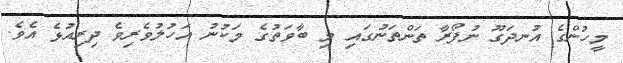
މީހުންގެ އުނދަގޫ ނުފޯރާ ތަންތަނުގައި މި ބާވަތުގެ މަކުނު އަހުލުވެރިވެ ދިރިއުޅެ އެވެ.